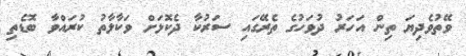
ވޭތުވެދިޔަ ތިން އަހަރު ދުވަހުގެ ތެރޭގައި ސަރުކާ ދެކޮޅަށް ވަކާލާތު ކުރައްވާ ބޮޑެތި